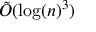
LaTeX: { \tilde { O } } ( \log ( n ) ^ { 3 } )